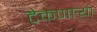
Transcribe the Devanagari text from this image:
टेकणार्‍या